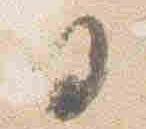
白